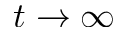
t \to \infty